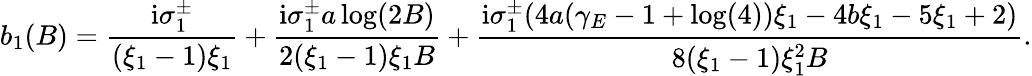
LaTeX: b_{1}(B)=\frac{\mathrm{i}\sigma_{1}^{\pm}}{(\xi_{1}-1)\xi_{1}}+\frac{\mathrm{i}\sigma_{1}^{\pm}a\log(2B)}{2(\xi_{1}-1)\xi_{1}B}+\frac{\mathrm{i}\sigma_{1}^{\pm}(4a(\gamma_{E}-1+\log(4))\xi_{1}-4b\xi_{1}-5\xi_{1}+2)}{8(\xi_{1}-1)\xi_{1}^{2}B}.